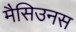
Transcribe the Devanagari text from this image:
मैसिउनस